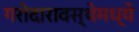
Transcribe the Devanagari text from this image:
गरोदारावस्थेमध्ये